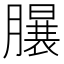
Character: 𣎦